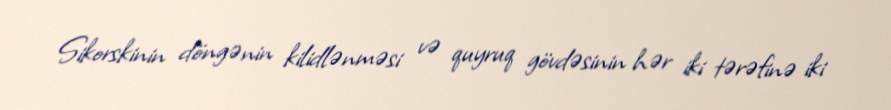
Sikorskinin döngənin kilidlənməsi və quyruq gövdəsinin hər iki tərəfinə iki